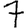
Digit: 7